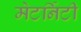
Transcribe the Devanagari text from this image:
मेटर्निटी